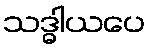
သဒ္ဓါယပေ